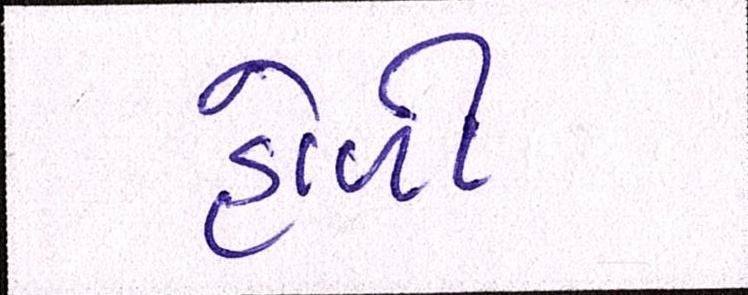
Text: હોળી